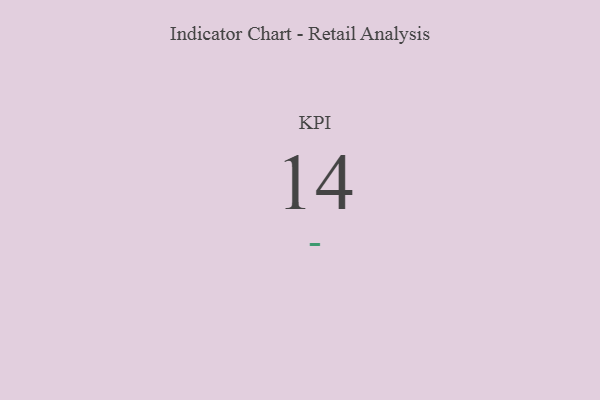
{"axis": {"x": "KPI", "y": "Value"}, "legend": [""], "data": [{"x": "KPI", "y": 14, "type": ""}]}